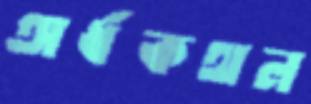
অর্ধকথন